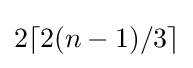
2\lceil 2(n-1)/3\rceil